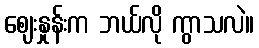
ဈေးနှုန်းက ဘယ်လို ကွာသလဲ။